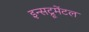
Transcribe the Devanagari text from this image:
इन्सट्रूमेंटल